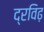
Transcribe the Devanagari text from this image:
द्रविढ़